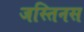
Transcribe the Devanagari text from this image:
जस्तिनस